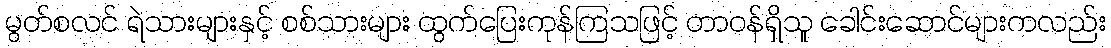
မွတ်စလင် ရဲသားများနှင့် စစ်သားများ ထွက်ပြေးကုန်ကြသဖြင့် တာဝန်ရှိသူ ခေါင်းဆောင်များကလည်း